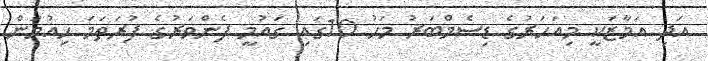
އަދި އަމާޒަކީ މިއަހަރުގެ ޑިސެމްބަރު މަހު 10ގައި ގައުމީ ފެންވަރުގެ ފުރަތަމަ ހިއުމަން